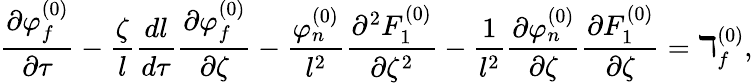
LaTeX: \frac{\partial\varphi_{f}^{(0)}}{\partial\tau}-\frac{\zeta}{l}\frac{dl}{d\tau}\frac{\partial\varphi_{f}^{(0)}}{\partial\zeta}-\frac{\varphi_{n}^{(0)}}{l^{2}}\frac{\partial^{2}F_{1}^{(0)}}{\partial\zeta^{2}}-\frac{1}{l^{2}}\frac{\partial\varphi_{n}^{(0)}}{\partial\zeta}\frac{\partial F_{1}^{(0)}}{\partial\zeta}=\daleth_{f}^{(0)},